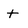
Character: t